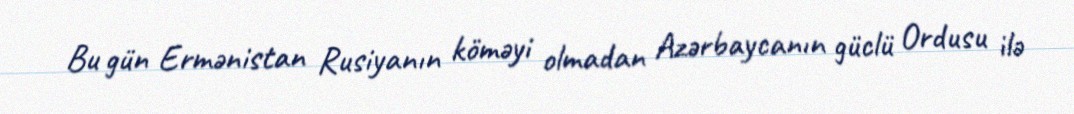
Bu gün Ermənistan Rusiyanın köməyi olmadan Azərbaycanın güclü Ordusu ilə